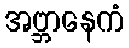
အဗ္ဘာနေကံ